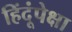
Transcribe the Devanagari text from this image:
हिंदूंपेक्षा